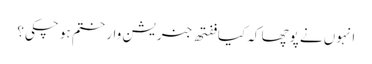
انہوں نے پوچھا کہ کیا ففتھ جنریشن وار ختم ہو چکی؟